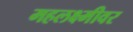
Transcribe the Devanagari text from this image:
महलक्ष्मीवर